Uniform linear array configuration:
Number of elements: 12
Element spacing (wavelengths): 0.25
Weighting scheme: binomial
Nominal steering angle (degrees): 0
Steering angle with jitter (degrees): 0.5927
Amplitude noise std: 0.05
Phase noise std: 0.05

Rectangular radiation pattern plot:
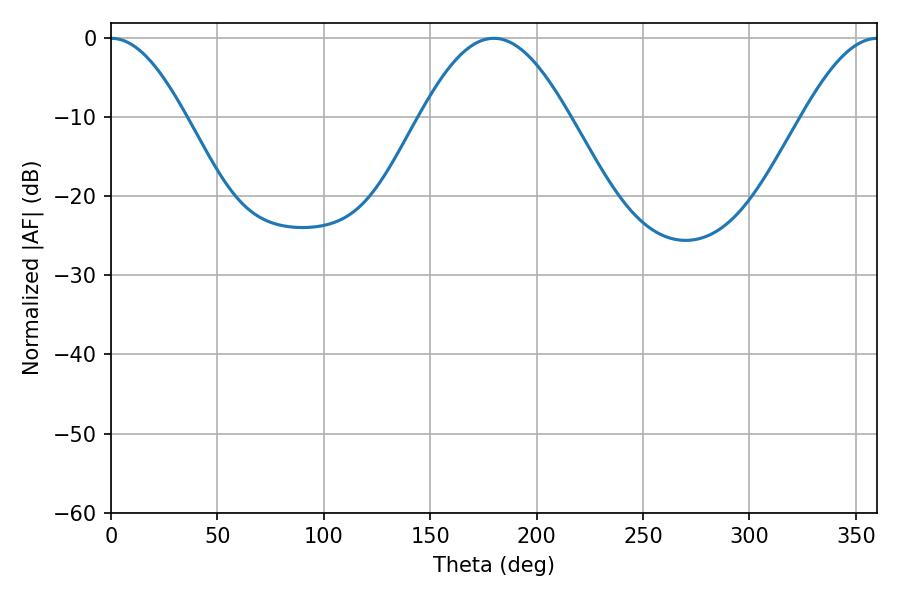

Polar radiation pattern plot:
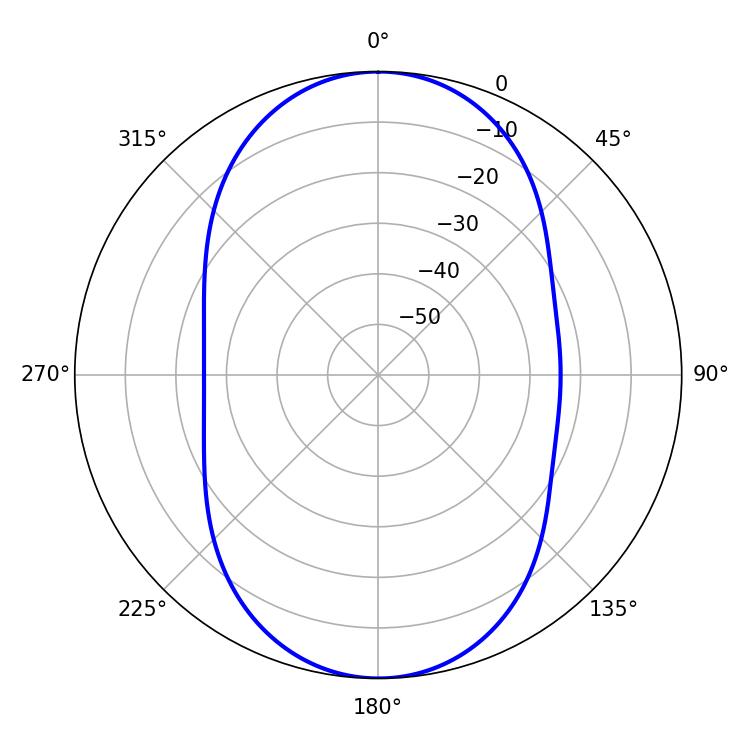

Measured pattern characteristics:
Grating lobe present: FALSE
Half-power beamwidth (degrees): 18.9
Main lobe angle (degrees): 0.18